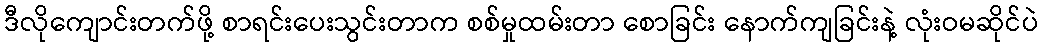
ဒီလိုကျောင်းတက်ဖို့ စာရင်းပေးသွင်းတာက စစ်မှုထမ်းတာ စောခြင်း နောက်ကျခြင်းနဲ့ လုံးဝမဆိုင်ပဲ